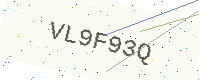
Text: VL9F93Q